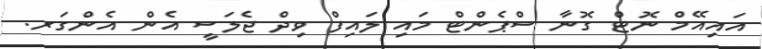
އައިއޭމް ނޮޓް ގޮނާ ސްޕެންޓް މައި ލައިފް ވިދް ޖެލަސީ އެން އެންގަރ.